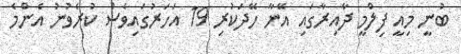
ބުނީ މިއީ ފިލްމީ ދާއިރާގައި އޭނާ ހޭދަކުރި 19 އަހަރުގައިވެސް ކުރެވުނު އެންމެ